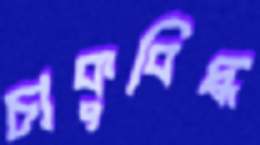
চাকুবিদ্ধ